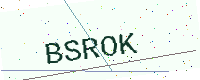
Text: BSROK